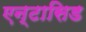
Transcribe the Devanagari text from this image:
एन्टासिड